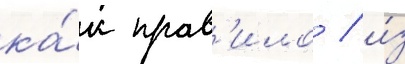
ка́к прав'ило / и́з